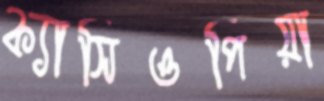
ক্যাসিওপিয়া